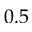
0 . 5